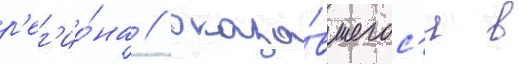
р'ег'ио́на / оказа́вшегос'я в